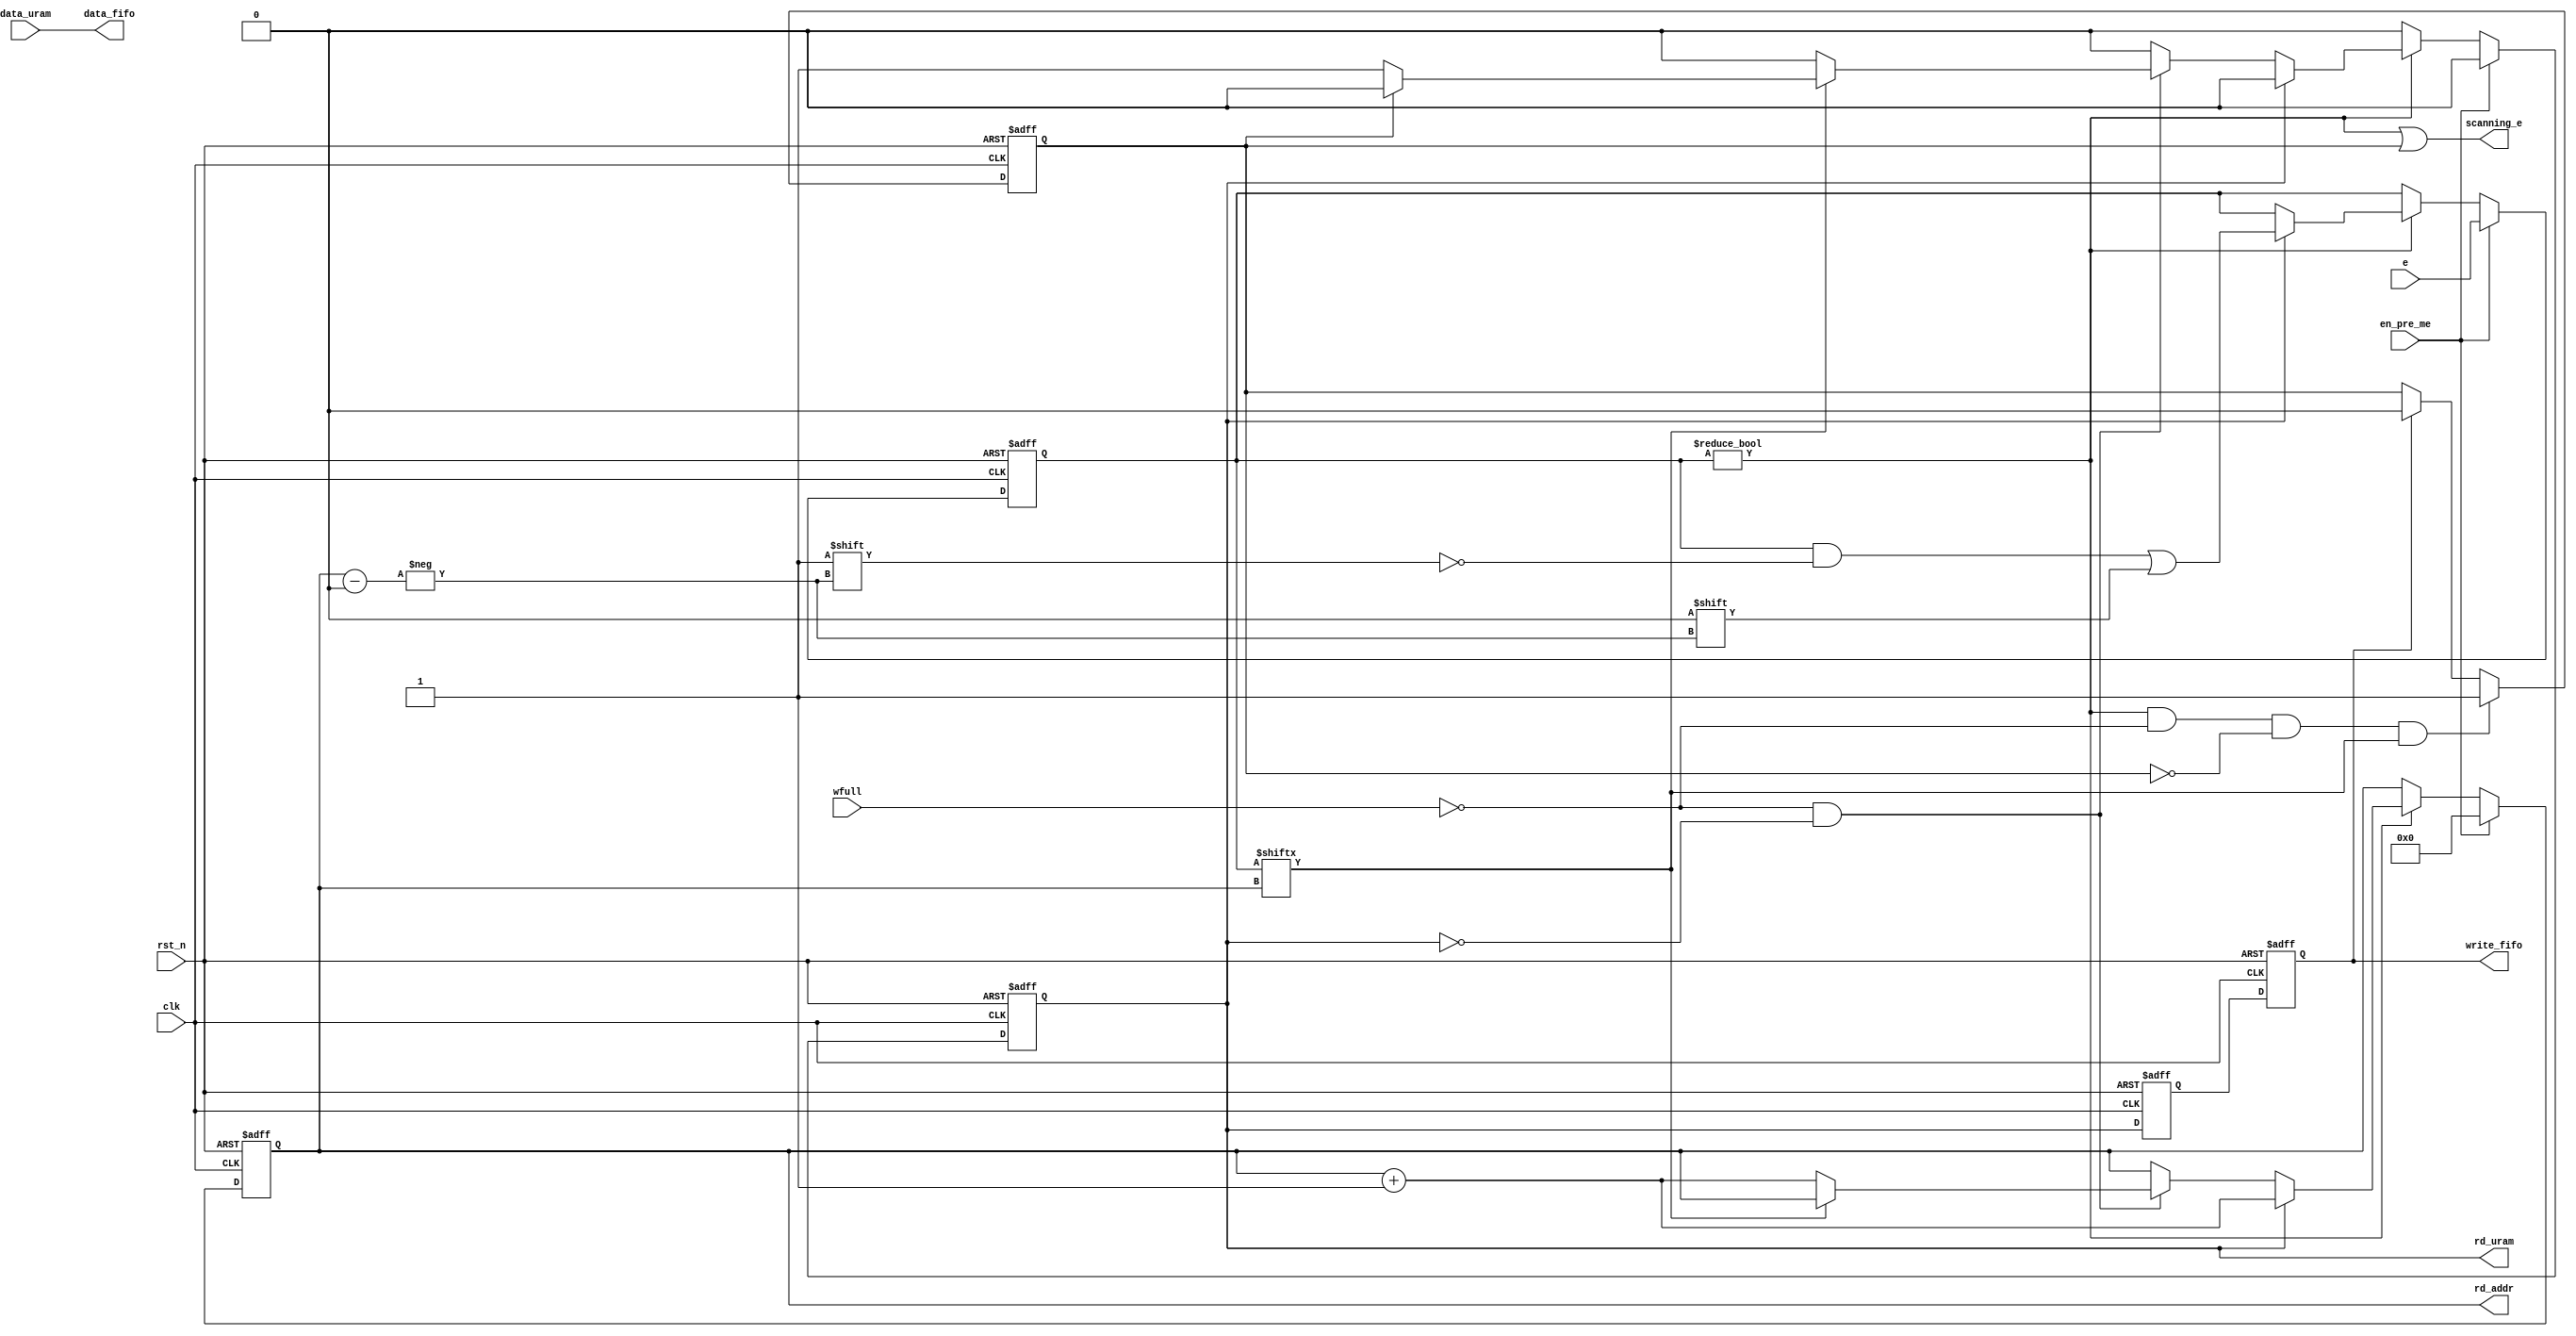
`timescale 1ns / 1ps
//////////////////////////////////////////////////////////////////////////////////
// Company: 
// Engineer: 
// 
// Design Name: 
// Module Name: uram_read
// Project Name: 
// Target Devices: 
// Tool Versions: 
// Description: 
// 
// Dependencies: 
// 
// Revision:
// Revision 0.01 - File Created
// Additional Comments:
// 
//////////////////////////////////////////////////////////////////////////////////


module uram_read#(
    parameter WIDTH=3072,
    parameter URAM_ADDR=12
)(
    input clk,
    input rst_n,
    input en_pre_me,
    input [WIDTH-1:0] e,
        
    input wfull,
    output [WIDTH-1:0] data_fifo,
    output reg write_fifo,
    
    input [WIDTH-1:0] data_uram,
    output reg rd_uram,
    output reg [URAM_ADDR-1:0] rd_addr,
    output scanning_e
    );
    reg rd_delay0;
    reg [WIDTH-1:0] reg_e;
    reg busy;
    
    assign data_fifo=data_uram;
    assign scanning_e = reg_e!=0 || busy;
    
    always@(posedge clk or negedge rst_n) begin
        if(~rst_n) begin
            rd_delay0 <= 0;
            write_fifo <= 0;
        end
        else begin
            rd_delay0 <= rd_uram;
            write_fifo <= rd_delay0;
        end
    end
    
    always@(posedge clk or negedge rst_n) begin
        if(~rst_n) begin
            busy <= 0;
        end
        else if(reg_e!=0 && !wfull && !busy && reg_e[rd_addr]==1'b1) begin
            busy <= 1;
        end
        else if(write_fifo) begin
            busy <= 0;
        end
    end
    
    
    always@(posedge clk or negedge rst_n) begin
        if(~rst_n) begin
            reg_e <= 0;
            rd_addr <= 0;
            rd_uram <= 0;
        end
        else if(en_pre_me) begin
            reg_e <= e;
            rd_addr <= 0;
            rd_uram <= 0;
        end
        else if(reg_e!=0) begin
            if(rd_uram) begin
                reg_e[rd_addr] <= 0;
                rd_addr <= rd_addr+1'b1;
                rd_uram <= 0;
            end
            else if(!wfull && !rd_uram) begin
                if(reg_e[rd_addr]==1'b1) begin
                    if(!busy) rd_uram <= 1;
                end
                else begin
                    rd_uram <= 0;
                    rd_addr <= rd_addr+1'b1;
                end
            end
            else begin
                rd_uram <= 0;
            end
        end
        else begin
            rd_uram <= 0;
        end
    end
    
endmodule